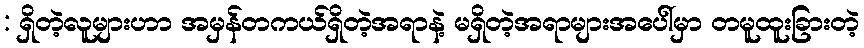
: ရှိတဲ့လူများဟာ အမှန်တကယ်ရှိတဲ့အရာနဲ့ မရှိတဲ့အရာများအပေါ်မှာ တမူထူးခြားတဲ့